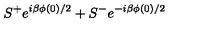
S ^ { + } e ^ { i \beta \phi ( 0 ) / 2 } + S ^ { - } e ^ { - i \beta \phi ( 0 ) / 2 }